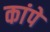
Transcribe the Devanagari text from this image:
कांपे